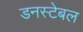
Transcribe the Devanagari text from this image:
डनस्टेबल